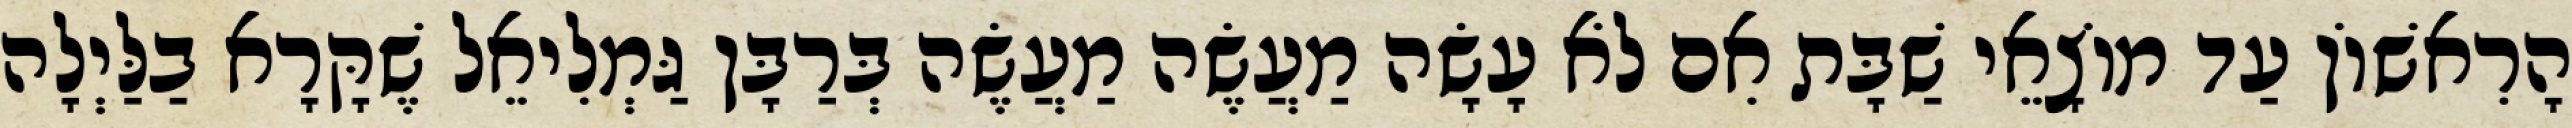
הָרִאשׁוֹן עַד מוֹצָאֵי שַׁבָּת אִם לֹא עָשָׂה מַעֲשֶׂה מַעֲשֶׂה בְּרַבָּן גַּמְלִיאֵל שֶׁקָּרָא בַלַּיְלָה